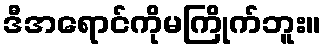
ဒီအရောင်ကိုမကြိုက်ဘူး။